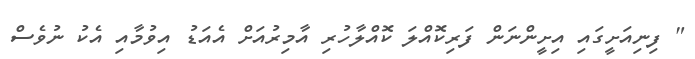
" ފިނިއަށީގައި އިށީންނަން ފަރިކޮއްލަ ކޮއްލާހުރި އާމިރުއަށް އެއަޑު އިވުމާއި އެކު ނުވެސް